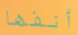
أنفها